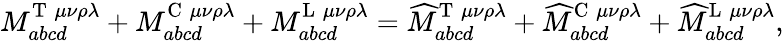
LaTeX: M_{abcd}^{\mathrm{T}\; \mu\nu\rho\lambda}+M_{abcd}^{\mathrm{C}\; \mu\nu\rho\lambda}+M_{abcd}^{\mathrm{L}\; \mu\nu\rho\lambda}=\widehat{M}_{abcd}^{\mathrm{T}\; \mu\nu\rho\lambda}+\widehat{M}_{abcd}^{\mathrm{C}\; \mu\nu\rho\lambda}+\widehat{M}_{abcd}^{\mathrm{L}\; \mu\nu\rho\lambda},